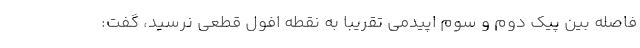
فاصله بین پیک دوم و سوم اپیدمی تقریبا به نقطه افول قطعی نرسید، گفت: